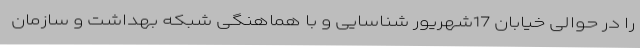
را در حوالی خیابان 17شهریور شناسایی و با هماهنگی شبکه بهداشت و سازمان